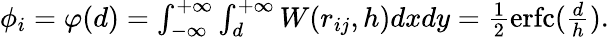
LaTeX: \begin{array}{r}{\phi_{i}=\varphi(d)=\int_{-\infty}^{+\infty}\int_{d}^{+\infty}W(r_{ij},h)dxdy=\frac{1}{2}\operatorname{erfc}(\frac{d}{h}).}\end{array}